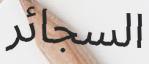
السجائر